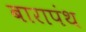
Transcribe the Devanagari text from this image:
बारापंथ